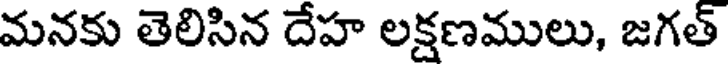
మనకు తెలిసిన దేహ లక్షణములు, జగత్